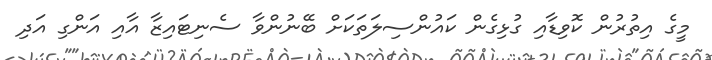
މީގެ އިތުރުން ކޮވިޑާއި ގުޅިގެން ކައުންސިލަތަކަށް ބޭނުންވާ ސެނިޓައިޒާ އާއި އަންގި އަދި